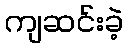
ကျဆင်းခဲ့